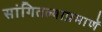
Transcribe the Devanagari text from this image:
सांगितल्याप्रमाणें